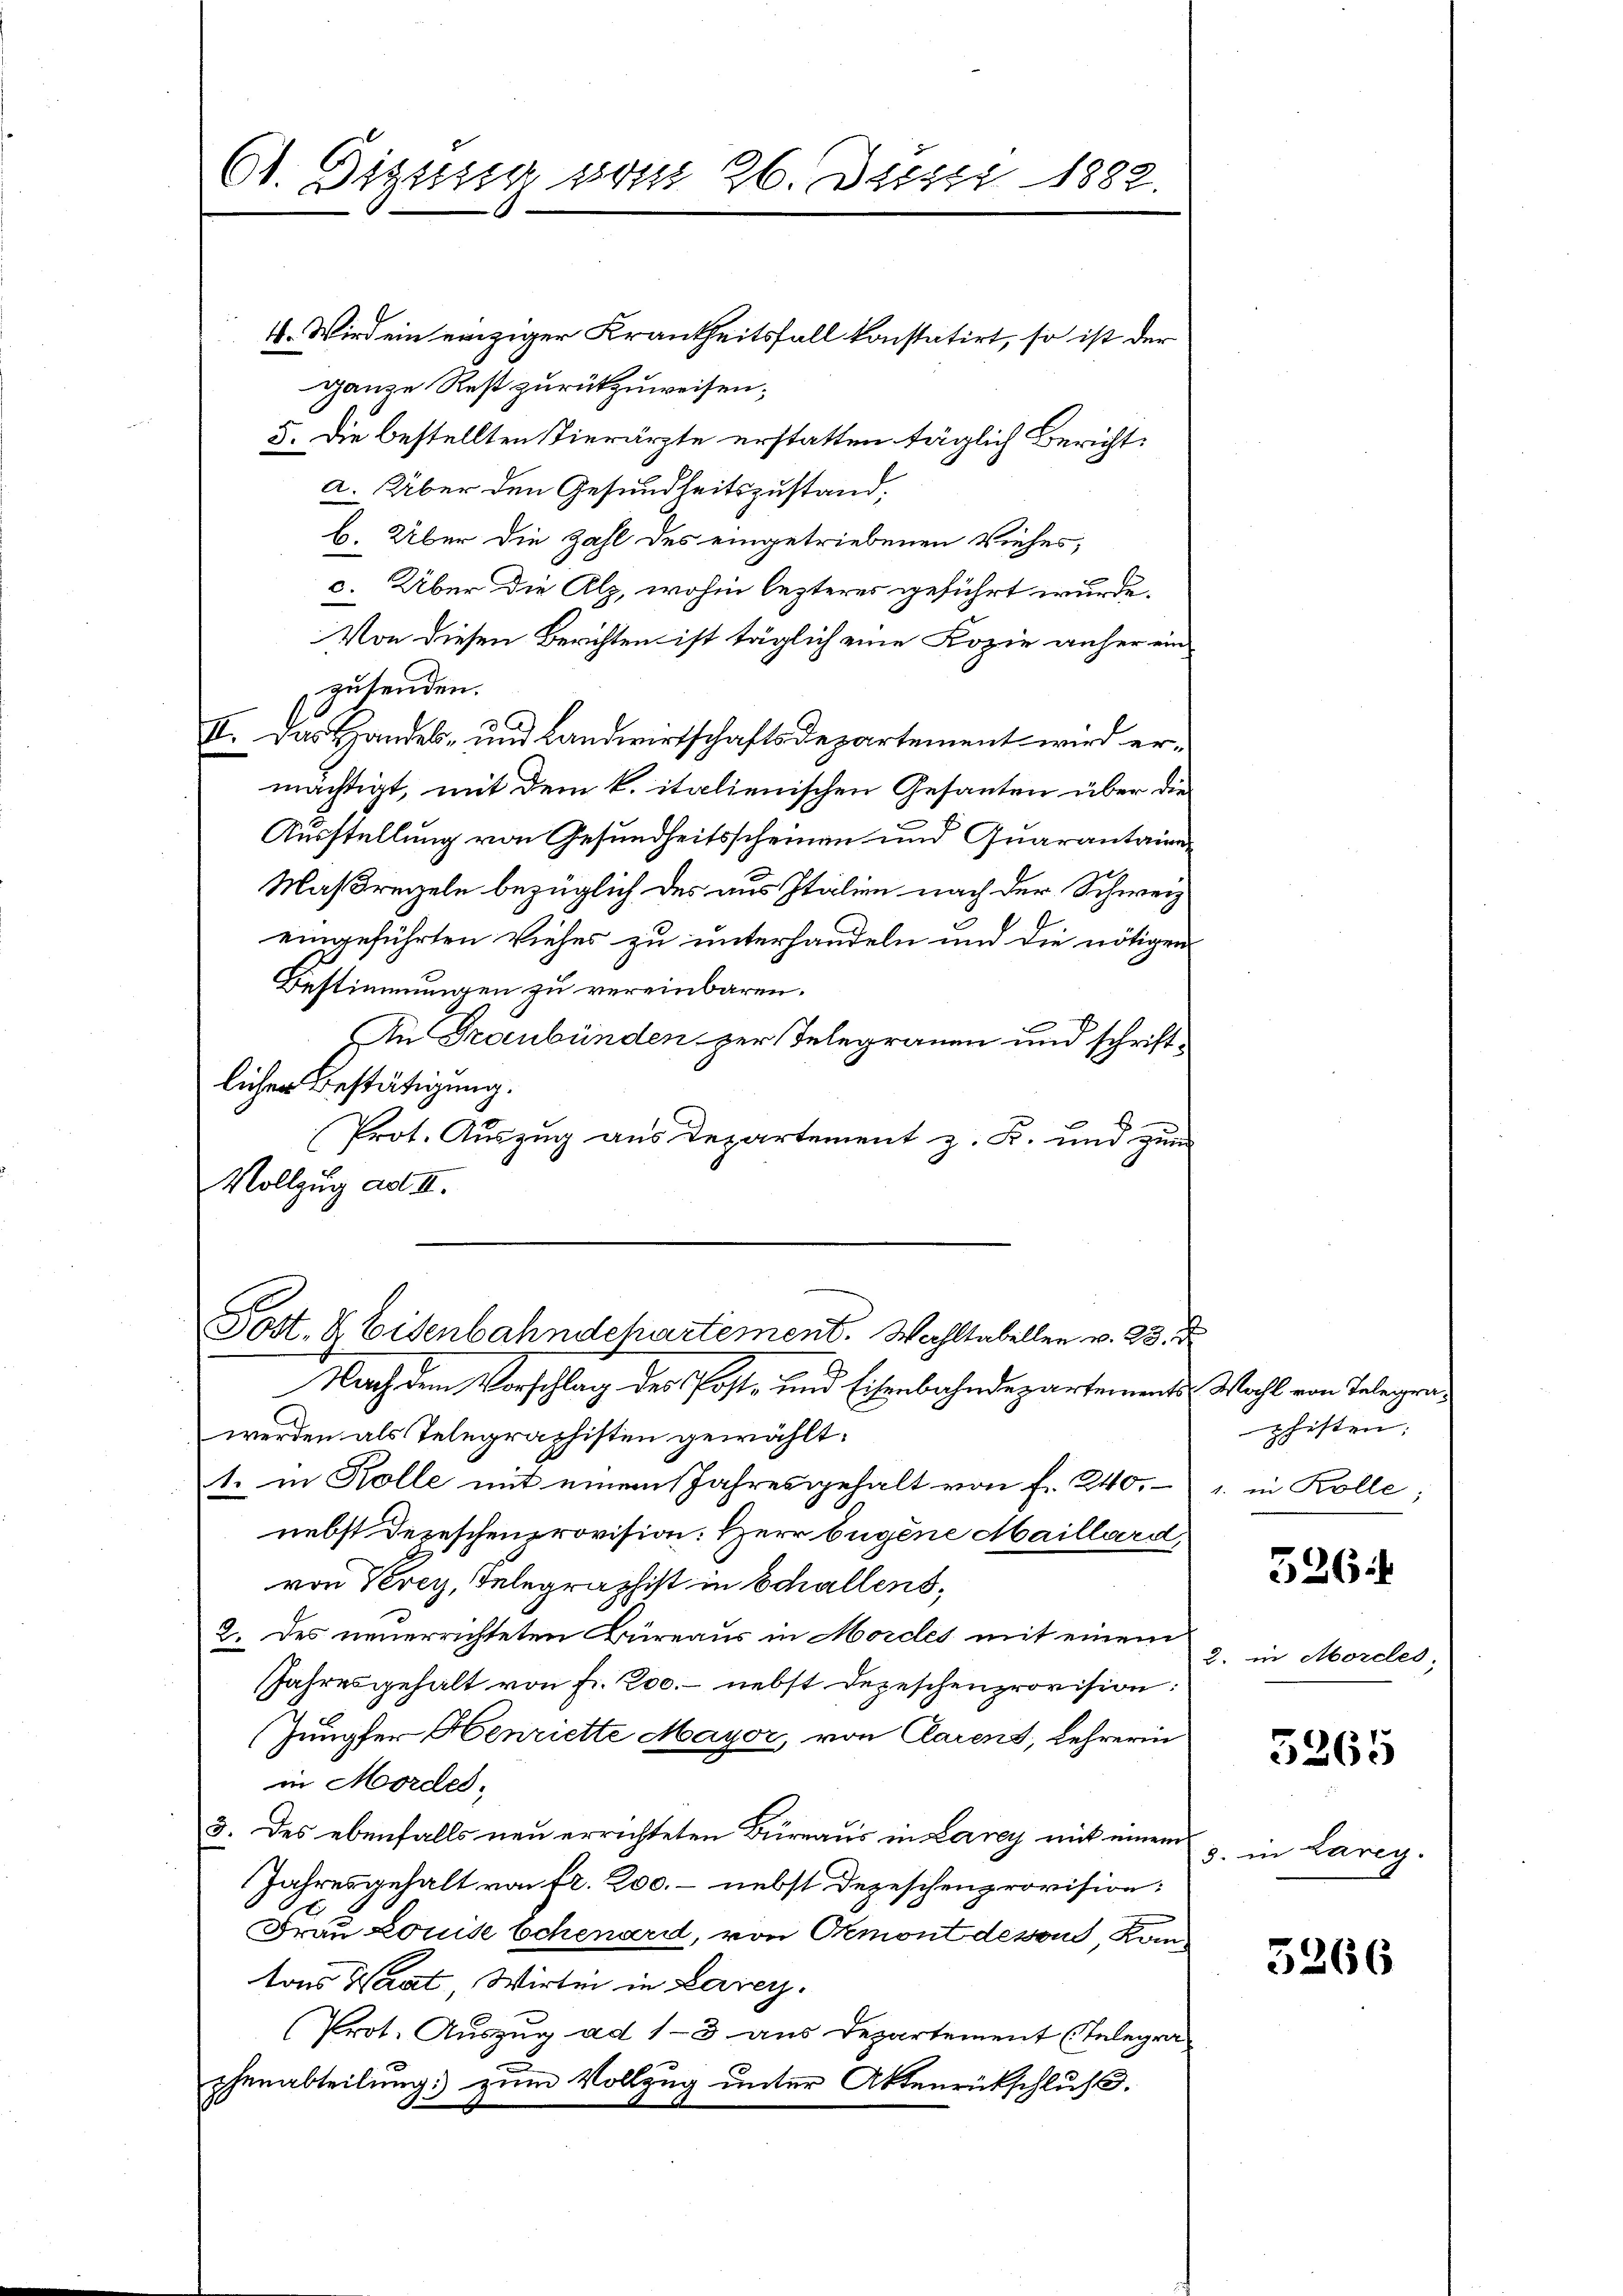
61. Digung vom 26. Justi 1882.

4. Wird ein einziger Krankheitsfall konstatirt, so ist der
ganze Rest zurückzuweisen;
5. Die bestellten Tierärzte erstatten täglich Bericht.
a. Über den Gesundheitszustand.
b. Über die Zahl des eingetriebenen Viehes,
c. Über die Alz, wohin lezteres geführt wurde.
Von diesen Berichten ist täglich eine Kopie anher ein
zusenden.
II. Das Handels- und Landwirtschaftsdepartement wird ermächtigt, mit dem k. italienischen Gesanten über die
Ausstellung von Gesundheitsscheinen und Quarantaire
Maßregeln bezüglich des aus Italien nach der Schweiz
.
eingeführten Viehes zu unterhandeln und die nötigen
Bestimmungen zu vereinbaren.
An Graubünden zur Telegrauen und schriftlicher Bestätigung.
Prot. Auszug aus Departement z. K. und zum
Vollzug ad II.

Post- & Eisenbahndchartement. Wohltabellen v. 28. d

Nach dem Vorschlag des Post- und Eisenbahndepartements Wohl von Telegrawerden als Telegraphisten gewählt:
1. in Kolle mit einem Jahresgehalt von f. 240.
nebst Depeschenprovision: Herr Eugene Maillard,
von Verey, Telegraphist in Schallens,
2. des neuerrichteten Büreaus in Mordes mit einem
Jahresgehalt von Fr. 200.- nebst Depeschenprovision:
Jungfer Henriette Mayor, von Clarens, Lehrerin
in Mordes,
3. des ebenfalls neu errichteten Büreaus in Lany mit einem
Jahresgehalt von fr. 200. - nebst Depeschenprovision
Frau Louise Schenard, von Ormont dessous, Kon-
tons Waadt, Wirtin in Larey.
Prot. Auszug ad 1-3 aus Departement (Telegra
chenabteilung zum Vollzug unter Aktenrückschluß.

phisten:
1. in Kolle;

526

2. in Morcles,

5265

8. in Lareg.

3266